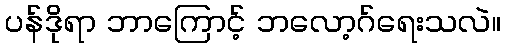
ပန်ဒိုရာ ဘာကြောင့် ဘလော့ဂ်ရေးသလဲ။